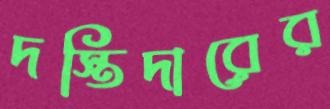
দস্তিদারের